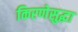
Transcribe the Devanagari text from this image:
किरणेसुद्धा